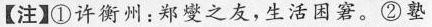
【注】①许衡州：郑燮之友，生活困窘。②塾